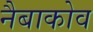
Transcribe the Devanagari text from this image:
नैबाकोव